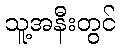
သူ့အနီးတွင်